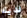
لديك